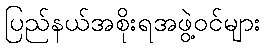
ပြည်နယ်အစိုးရအဖွဲ့ဝင်များ